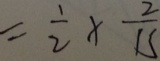
= \frac { 1 } { 2 } \times \frac { 2 } { 1 5 }